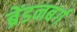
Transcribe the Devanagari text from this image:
ब्रेंडनबर्ग